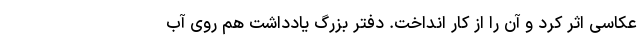
عکاسی اثر کرد و آن را از کار انداخت. دفتر بزرگ یادداشت هم روی آب